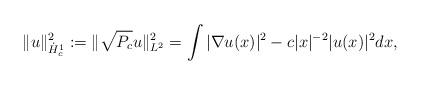
LaTeX: \begin{align*}\|u\|^2_{\dot{H}^1_c}:= \|\sqrt{P_c} u\|^2_{L^2}=\int |\nabla u(x)|^2 - c|x|^{-2} |u(x)|^2 dx, \end{align*}